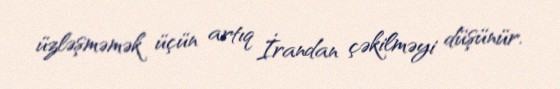
üzləşməmək üçün artıq İrandan çəkilməyi düşünür.